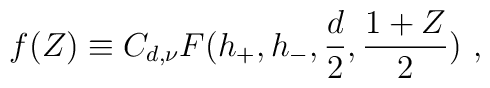
f(Z) \equiv C_{d,\nu}F(h_{+},h_{-},{d\over 2},{1+Z\over 2})~,